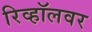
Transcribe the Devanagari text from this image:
रिव्हॉलवर